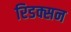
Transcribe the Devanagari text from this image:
रिडक्सन